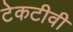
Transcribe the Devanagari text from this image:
टेकटीवी